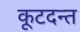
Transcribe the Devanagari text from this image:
कूटदन्त